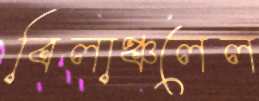
বিলাঞ্চলেল